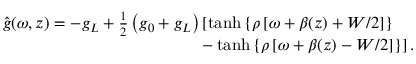
\begin{array} { r l r } & { } & { \hat { g } ( \omega , z ) = - g _ { L } + \frac { 1 } { 2 } \left( g _ { 0 } + g _ { L } \right) \left[ \operatorname { t a n h } \left\lbrace \rho \left[ \omega + \beta ( z ) + W / 2 \right] \right\rbrace \right. } \\ & { } & { \left. - \operatorname { t a n h } \left\lbrace \rho \left[ \omega + \beta ( z ) - W / 2 \right] \right\rbrace \right] . \! \! \! \! \! \! \! } \end{array}